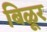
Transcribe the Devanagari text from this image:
बिळूर